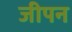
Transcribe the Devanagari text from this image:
जीपन